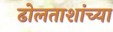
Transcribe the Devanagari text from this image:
ढोलताशांच्या